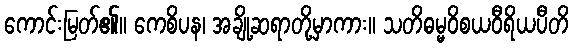
ကောင်းမြတ်၏။ ကေစိပန၊ အချို့ဆရာတို့မှာကား။ သတိဓမ္မဝိစယဝီရိယပီတိ